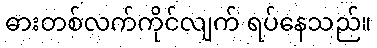
ဓားတစ်လက်ကိုင်လျက် ရပ်နေသည်။